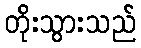
တိုးသွားသည်